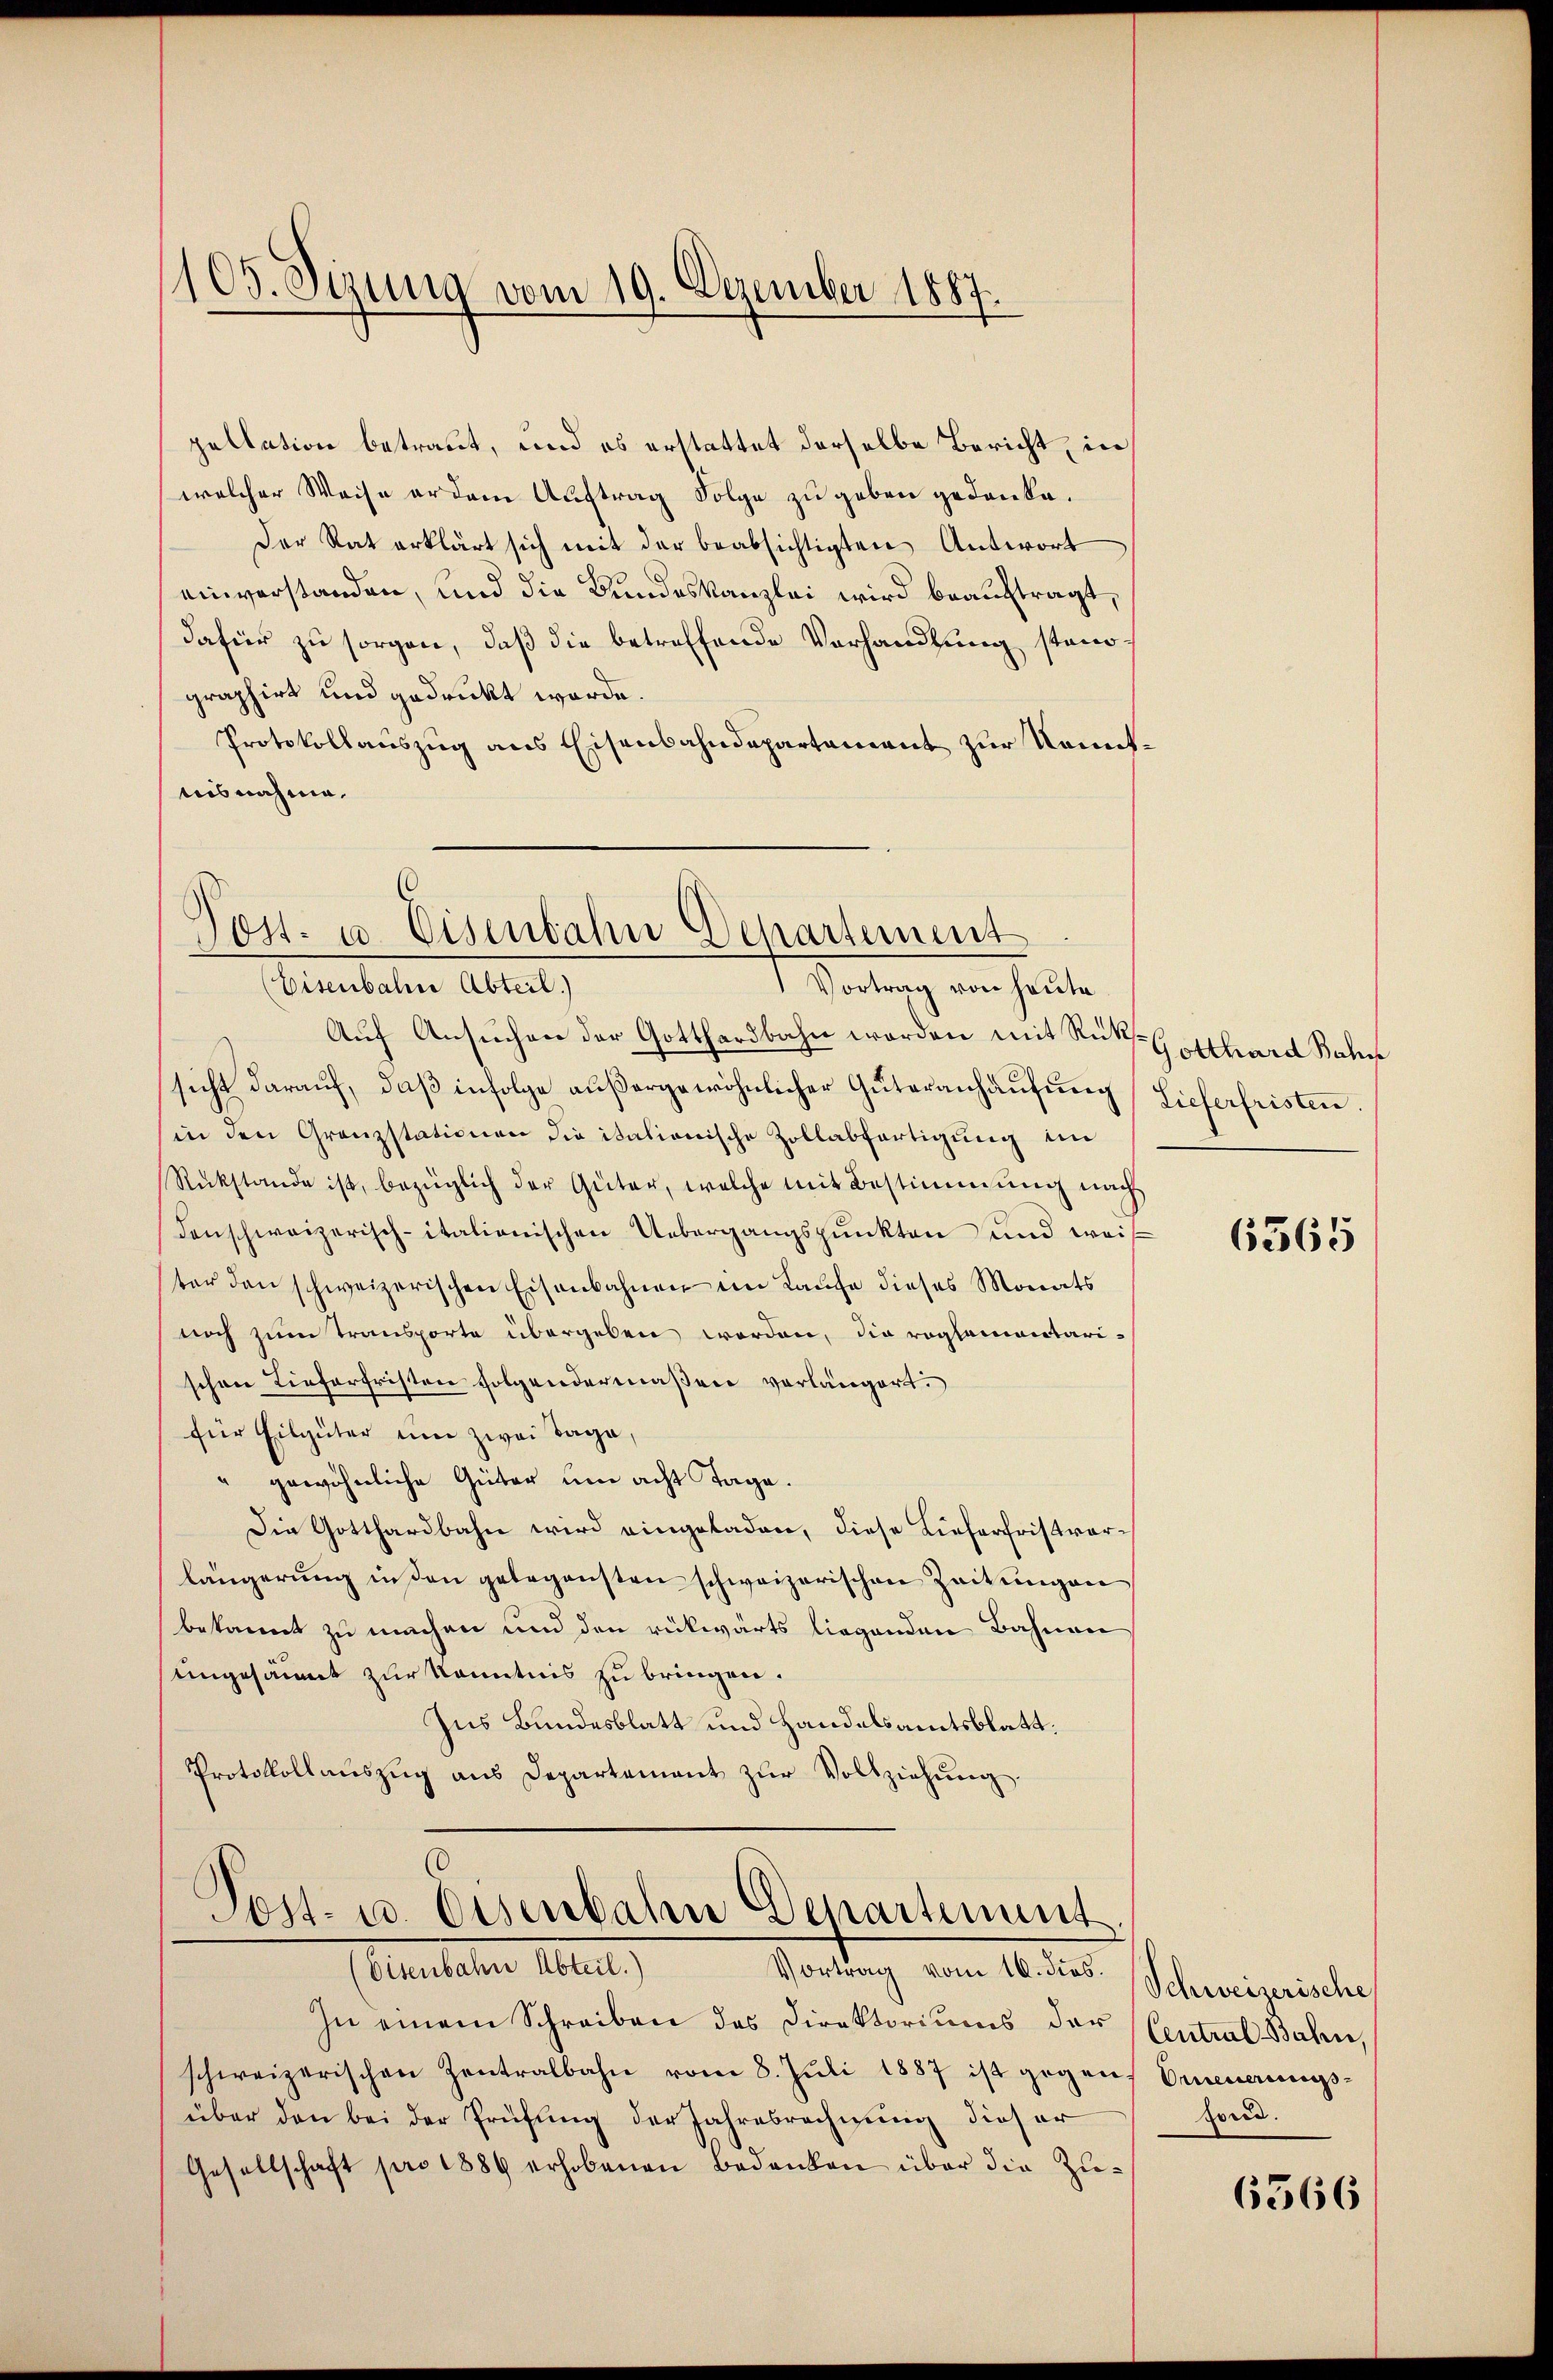
105. Sizung vom 19. Dezember 1887.

welcher Weise er dem Auftrag Folge zu geben gedanke.
graphirt und gedruckt worde.
Protokollauszug aus Eisenbahndepartement zur Kenntuisnahme.

Post- u. Eisenbahn Departement
Fenstalten altet,
Vortrag von heute

Auf Ansuchen der Gotthardbahn worden mit Rück
sicht darauf, daß infolge außergewöhnlicher Guteranhäufung Lieferfristen.
in den Granzstationen die italionische Zollabfertigŭng im
Rückstände ist, bezüglich der Güter, welche mit Bestimmung nach
denschweizerisch-italionischen Uebergangspunkten und weis
ter den schweizerischen Eisenbahnen im Laufe dieses Monats
noch zum Transporte übergeben worden, die reglementarischen Lieferfristen folgendermaßen verlängert.
für Eilgüter um zwei Tage,
" gewöhnliche Güter um acht Tage.
Die Gotthardbahn wird eingeladen, diese Lieferfristvorlängerŭng in den gelegensten schweizerischen Zeitungen
bekannt zu machen und den rückwärts liegenden Bahnen
ungesäumt zur Kenntnis zu bringen.
Ins Bundesblatt und Handelsamtsblatt.
Protokollaŭszŭg ans Departement zŭr Vollziehung.

pellation betraut, und es erstattet derselbe Bericht, in
Der Rat erklärt sich mit der beabsichtigten Antwort
einverstanden, und die Bundeskanzlei wird beauftragt,
dafür zu sorgen, daß die betreffende Verhandlung stand¬

Post- u. Eisenbahn Departement
Abrutaler Elter
Vortrag vom 16. dies.

In einem Schreiben des Direktoriums der
schweizerischen Zentralbahn vom 8. Juli 1887 ist gegen Erneuerungsüber den bei der Prüfung der Jahresrechnung dieser
Gesellschaft pro 1889 erhobenen Bedenken über die Zu¬

Gotthard Bahn

6565

Schweizerische
Central Bahn
Forid.

6566